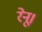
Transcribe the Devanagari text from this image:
रेनू।